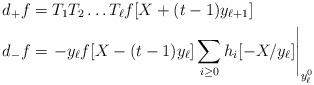
LaTeX: \begin{align*}d_+ f &= T_1 T_2 \ldots T_{\ell} f[X + (t-1)y_{\ell+1}] \\d_- f &= \left. -y_{\ell} f[X - (t-1)y_{\ell}] \sum_{i \geq 0} h_i[-X/y_{\ell}] \right|_{y_{\ell}^0}\end{align*}